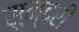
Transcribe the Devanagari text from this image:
सुन्‍दरी